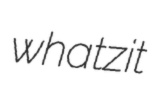
whatzit